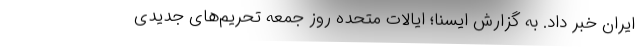
ایران خبر داد. به گزارش ایسنا؛ ایالات متحده روز جمعه تحریم‌های جدیدی